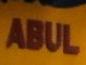
abul